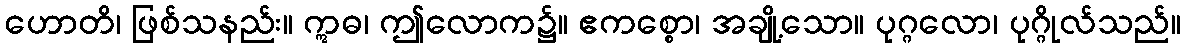
ဟောတိ၊ ဖြစ်သနည်း။ ဣဓ၊ ဤလောက၌။ ဧကစ္စော၊ အချို့သော။ ပုဂ္ဂလော၊ ပုဂ္ဂိုလ်သည်။